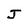
Character: J